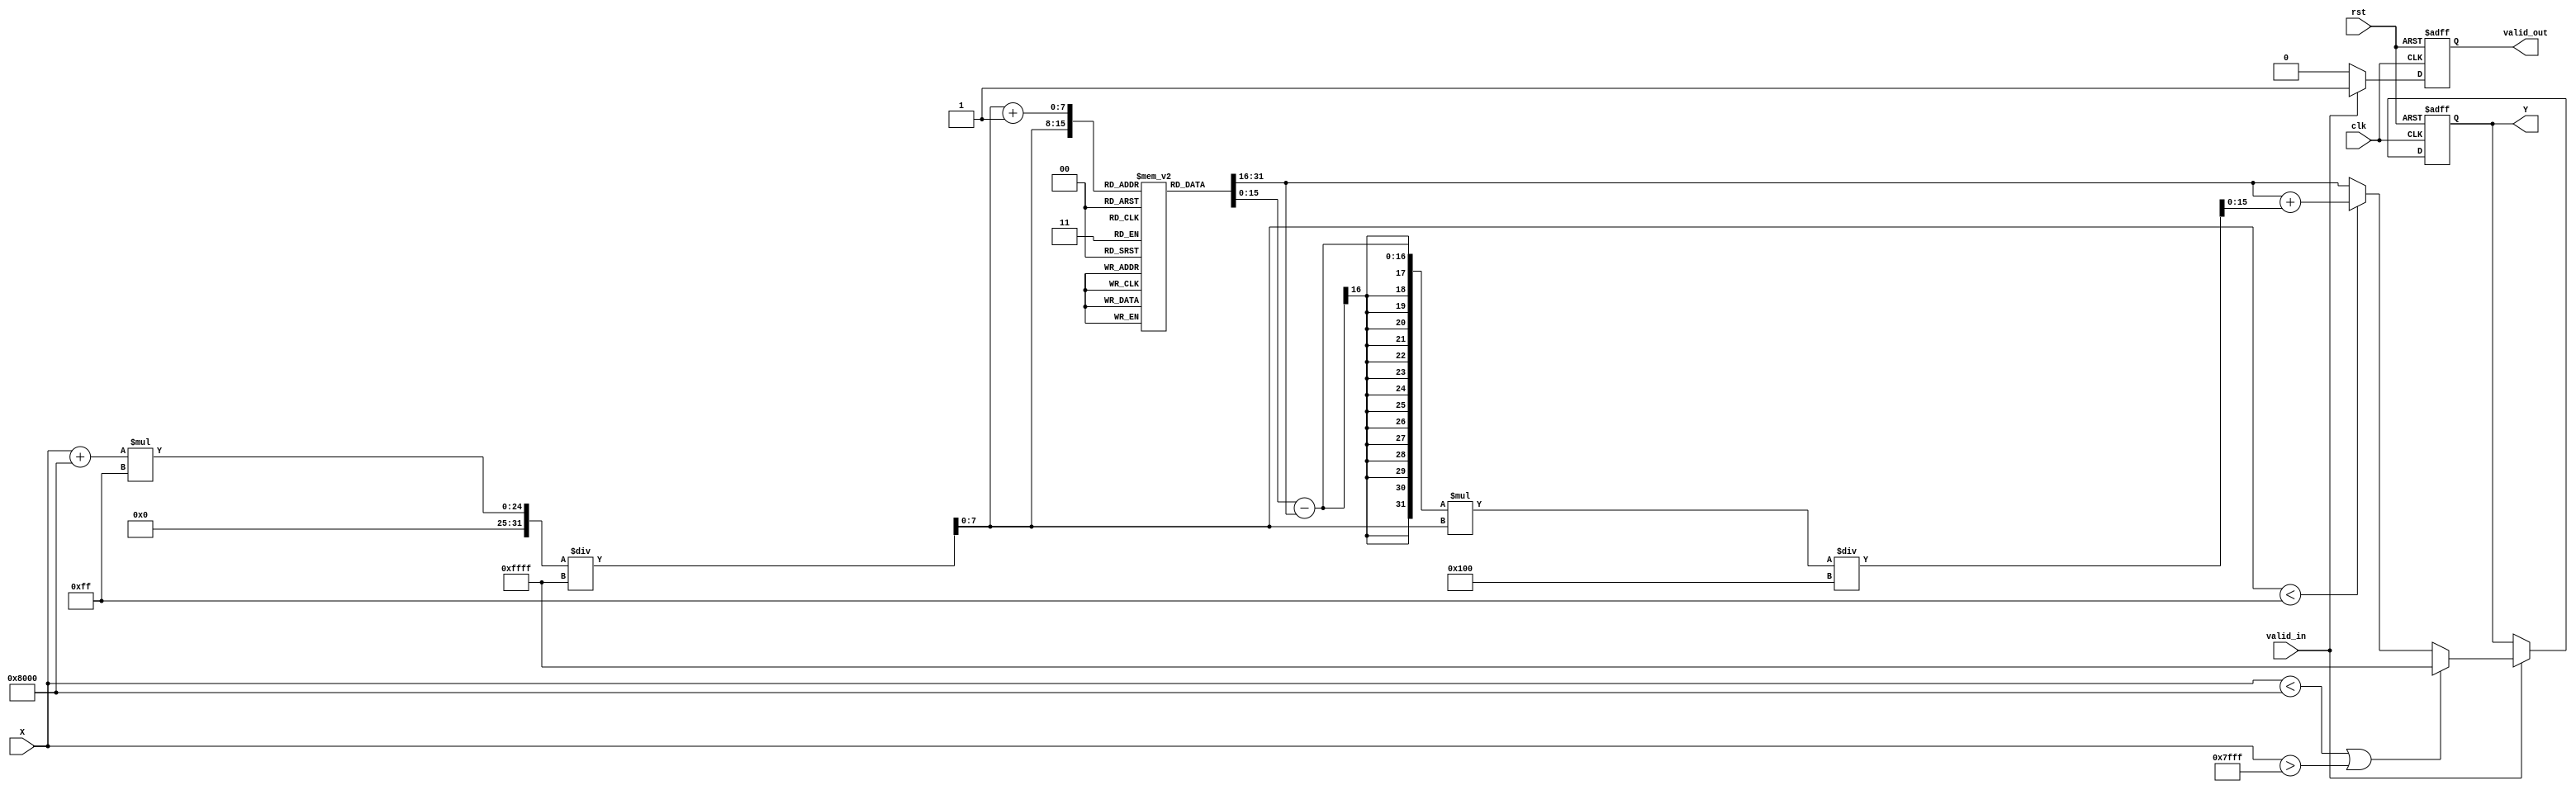
module AcosBlock #(
    parameter INPUT_WIDTH = 16,  // Width of the input fixed-point number
    parameter OUTPUT_WIDTH = 16,  // Width of the output fixed-point number
    parameter LUT_SIZE = 256       // Size of the lookup table
) (
    input wire clk,
    input wire rst,
    input wire [INPUT_WIDTH-1:0] X, // Input data
    input wire valid_in,              // Input valid signal
    output reg [OUTPUT_WIDTH-1:0] Y, // Output data
    output reg valid_out              // Output valid signal
);

    // Arc cosine value LUT (precomputed values)
    reg [OUTPUT_WIDTH-1:0] lut [0:LUT_SIZE-1];

    // Initialize LUT with predefined values (arc cosine values)
    initial begin
        // Fill the LUT with precomputed acos values in fixed-point format
        // Example: lut[0] = 3.14159 (acos(-1)), lut[128] = 1.5708 (acos(0)), lut[255] = 0 (acos(1))
        // These values should be scaled to match OUTPUT_WIDTH
        lut[0] = 16'hFFC0; //  (acos(-1))
        lut[128] = 16'h8000; // /2 (acos(0))
        lut[255] = 16'h0000; // 0 (acos(1))
        // Interpolated values should be added here...
    end

    // Internal registers
    reg [7:0] index;            // Index for LUT
    reg [OUTPUT_WIDTH-1:0] y0;  // Lower bound value
    reg [OUTPUT_WIDTH-1:0] y1;  // Upper bound value
    reg [7:0] int_part;         // Integer part for interpolation
    reg [INPUT_WIDTH-1:0] X_scaled; // Scaled input for LUT indexing

    // Input validation and processing
    always @(posedge clk or posedge rst) begin
        if (rst) begin
            Y <= 0;
            valid_out <= 0;
        end else if (valid_in) begin
            // Validate input
            if (X < 16'h8000 || X > 16'h7FFF) begin // Check if X is outside [-1, 1]
                Y <= 16'hFFFF; // Indicate error (e.g., NaN)
                valid_out <= 1;
            end else begin
                // Scale input for LUT indexing
                X_scaled = (X + 16'h8000) * (LUT_SIZE - 1) / (16'hFFFF);
                index = X_scaled[7:0]; // Take the lower 8 bits as index

                // Fetch LUT values
                y0 = lut[index]; // Lower bound value
                if (index < LUT_SIZE - 1) begin
                    y1 = lut[index + 1]; // Upper bound value
                    int_part = X_scaled[8:0]; // Fractional part for interpolation

                    // Linear interpolation
                    Y <= y0 + ((y1 - y0) * int_part) / 256; // Assuming int_part is scaled to 256
                end else begin
                    Y <= y0; // Last value in LUT (for input close to 1)
                end
                valid_out <= 1; // Indicate output is valid
            end
        end else begin
            valid_out <= 0; // Output not valid if input is not valid
        end
    end

endmodule